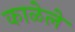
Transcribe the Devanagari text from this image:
काळेले